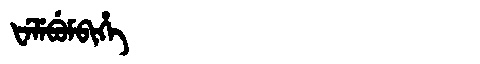
Manchu: ᡶᡝᠯᡝᠪᡠᠮᠪᡳᡥᡝ
Romanization: FELEBUMBIHE